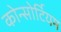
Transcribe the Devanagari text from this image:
कोन्सोर्टियम